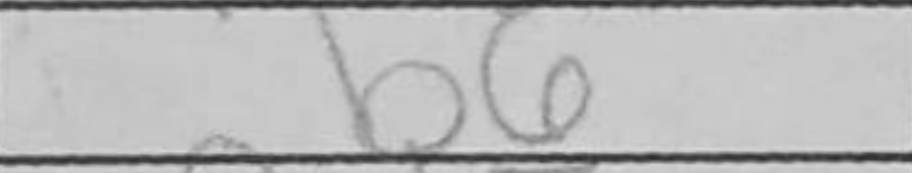
Transcription: b6